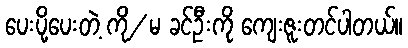
ပေးပို့ပေးတဲ့ ကို/ မ ခင်ဦးကို ကျေးဇူးတင်ပါတယ်။